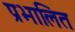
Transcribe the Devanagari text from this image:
प्रभालित